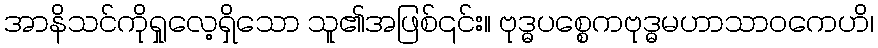
အာနိသင်ကိုရှုလေ့ရှိသော သူ၏အဖြစ်၎င်း။ ဗုဒ္ဓပစ္စေကဗုဒ္ဓမဟာသာဝကေဟိ၊